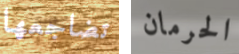
تضاجعها الحرمان